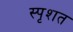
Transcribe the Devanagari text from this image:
स्पृशत